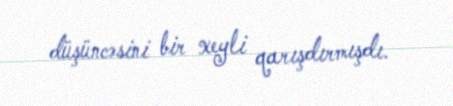
düşüncəsini bir xeyli qarışdırmışdı.